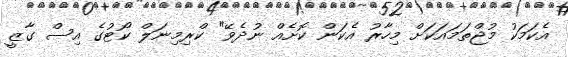
އެކަމަކު މުޖްތަމައަކަށް މިހާރު އެކަން ކޮށެއް ނުދެވޭ" ކްރިމިނަލް ކޯޓުގެ އިސް ގާޒީ